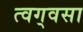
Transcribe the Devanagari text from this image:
त्वग्‌वसा